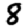
Digit: 8